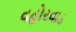
વહોરવાડ